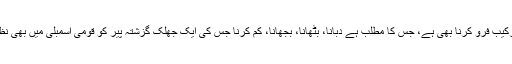
ایک ترکیب فِرو کرنا بھی ہے، جس کا مطلب ہے دبانا، بٹھانا، بجھانا، کم کرنا جس کی ایک جھلک گزشتہ پیر کو قومی اسمبلی میں بھی نظر آئی۔